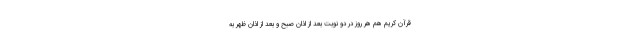
قرآن کریم هم هر روز در دو نوبت بعد از اذان صبح و بعد از اذان ظهر به